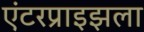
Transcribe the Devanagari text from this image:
एंटरप्राइझला